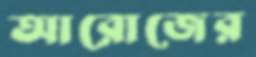
আরোজের